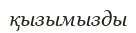
қызымызды